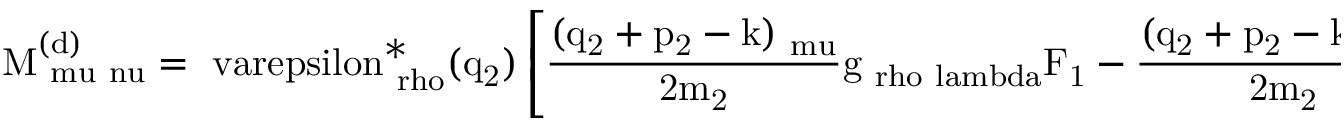
\mathrm { M _ { \ m u \ n u } ^ { ( d ) } = \ v a r e p s i l o n _ { \ r h o } ^ { \ast } ( q _ { 2 } ) \left[ \frac { ( q _ { 2 } + p _ { 2 } - k ) _ { \ m u } } { 2 m _ { 2 } } g _ { \ r h o \ l a m b d a } F _ { 1 } - \frac { ( q _ { 2 } + p _ { 2 } - k ) _ { \ m u } } { 2 m _ { 2 } } \frac { k _ { \ r h o } k _ { \ l a m b d a } } { 2 m _ { 2 } ^ { 2 } } F _ { 2 } - \Sigma _ { \ r h o \ l a m b d a } ^ { \ m u \ a l p h a } \frac { k _ { \ a l p h a } } { 2 m _ { 2 } } F _ { 3 } \right] \times }